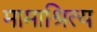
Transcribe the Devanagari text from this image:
मामाश्रित्य